Annual report of the Imperial Bacteriologist
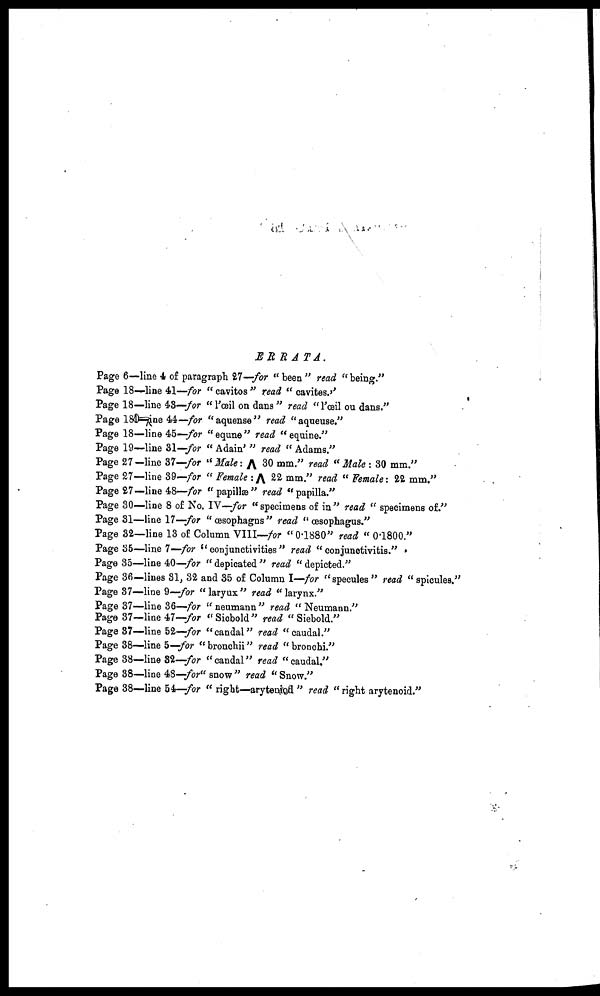
ERRATA.
Page
Page
Page
Page
Page
Page
Page
Page
Page
Page
Page
Page
Page
Page
Page
Page
Page
Page
Page
Page
Page
Page
Page
6—line 4 of paragraph 27—for " been " read " being."
18—line 41—for " cavitos " read " cavites."
18—line 43—for "l'œil on dans " read "l'œil ou dans."
18—line 44—for "aquense" read "aqueuse."
18—line 45—for " equne " read " equine."
19—line 31—for " Adain' " read " Adams."
27—line 37—for "Male: Λ 30 mm." read "Male : 30 mm."
27—line 39—for "Female: Λ 22 mm." read " Female: 22 mm."
27— line 48—for "papillæ" read "papilla."
30—line 8 of No. IV—for "specimens of in" read " specimens of."
31—line 17—for " œsophagns " read " œsophagus."
32—line 13 of Column VIII—for " 0.1880" read " 0.1800."
35—line 7—for "conjunctivities" read " conjunctivitis."
35—line 40—for " depicated " read " depicted."
36—lines 31, 32 and 35 of Column I—for "specules" read "spicules."
37—line 9—for " laryux " read " larynx."
37—line 36—for "neumann" read "Neumann."
37—line 47—for "Sicbold" read "Siebold."
37—line 52—for "candal" read "caudal."
38—line 5—for "bronchii" read "bronchi."
38—line 32—for "candal" read "caudal."
38—line 48—for" snow" read "Snow."
38—line 54—for " right—aryteniod " read "right arytenoid."